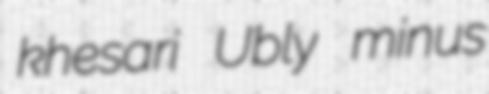
khesari Ubly minus